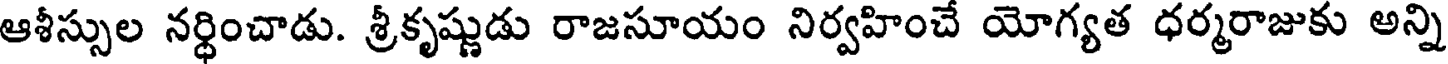
ఆశీస్సుల నర్థించాడు. శ్రీకృష్ణుడు రాజసూయం నిర్వహించే యోగ్యత ధర్మరాజుకు అన్ని